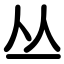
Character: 丛